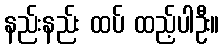
နည်းနည်း ထပ် ထည့်ပါဦး။